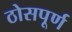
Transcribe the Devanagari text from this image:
ठोसपूर्ण